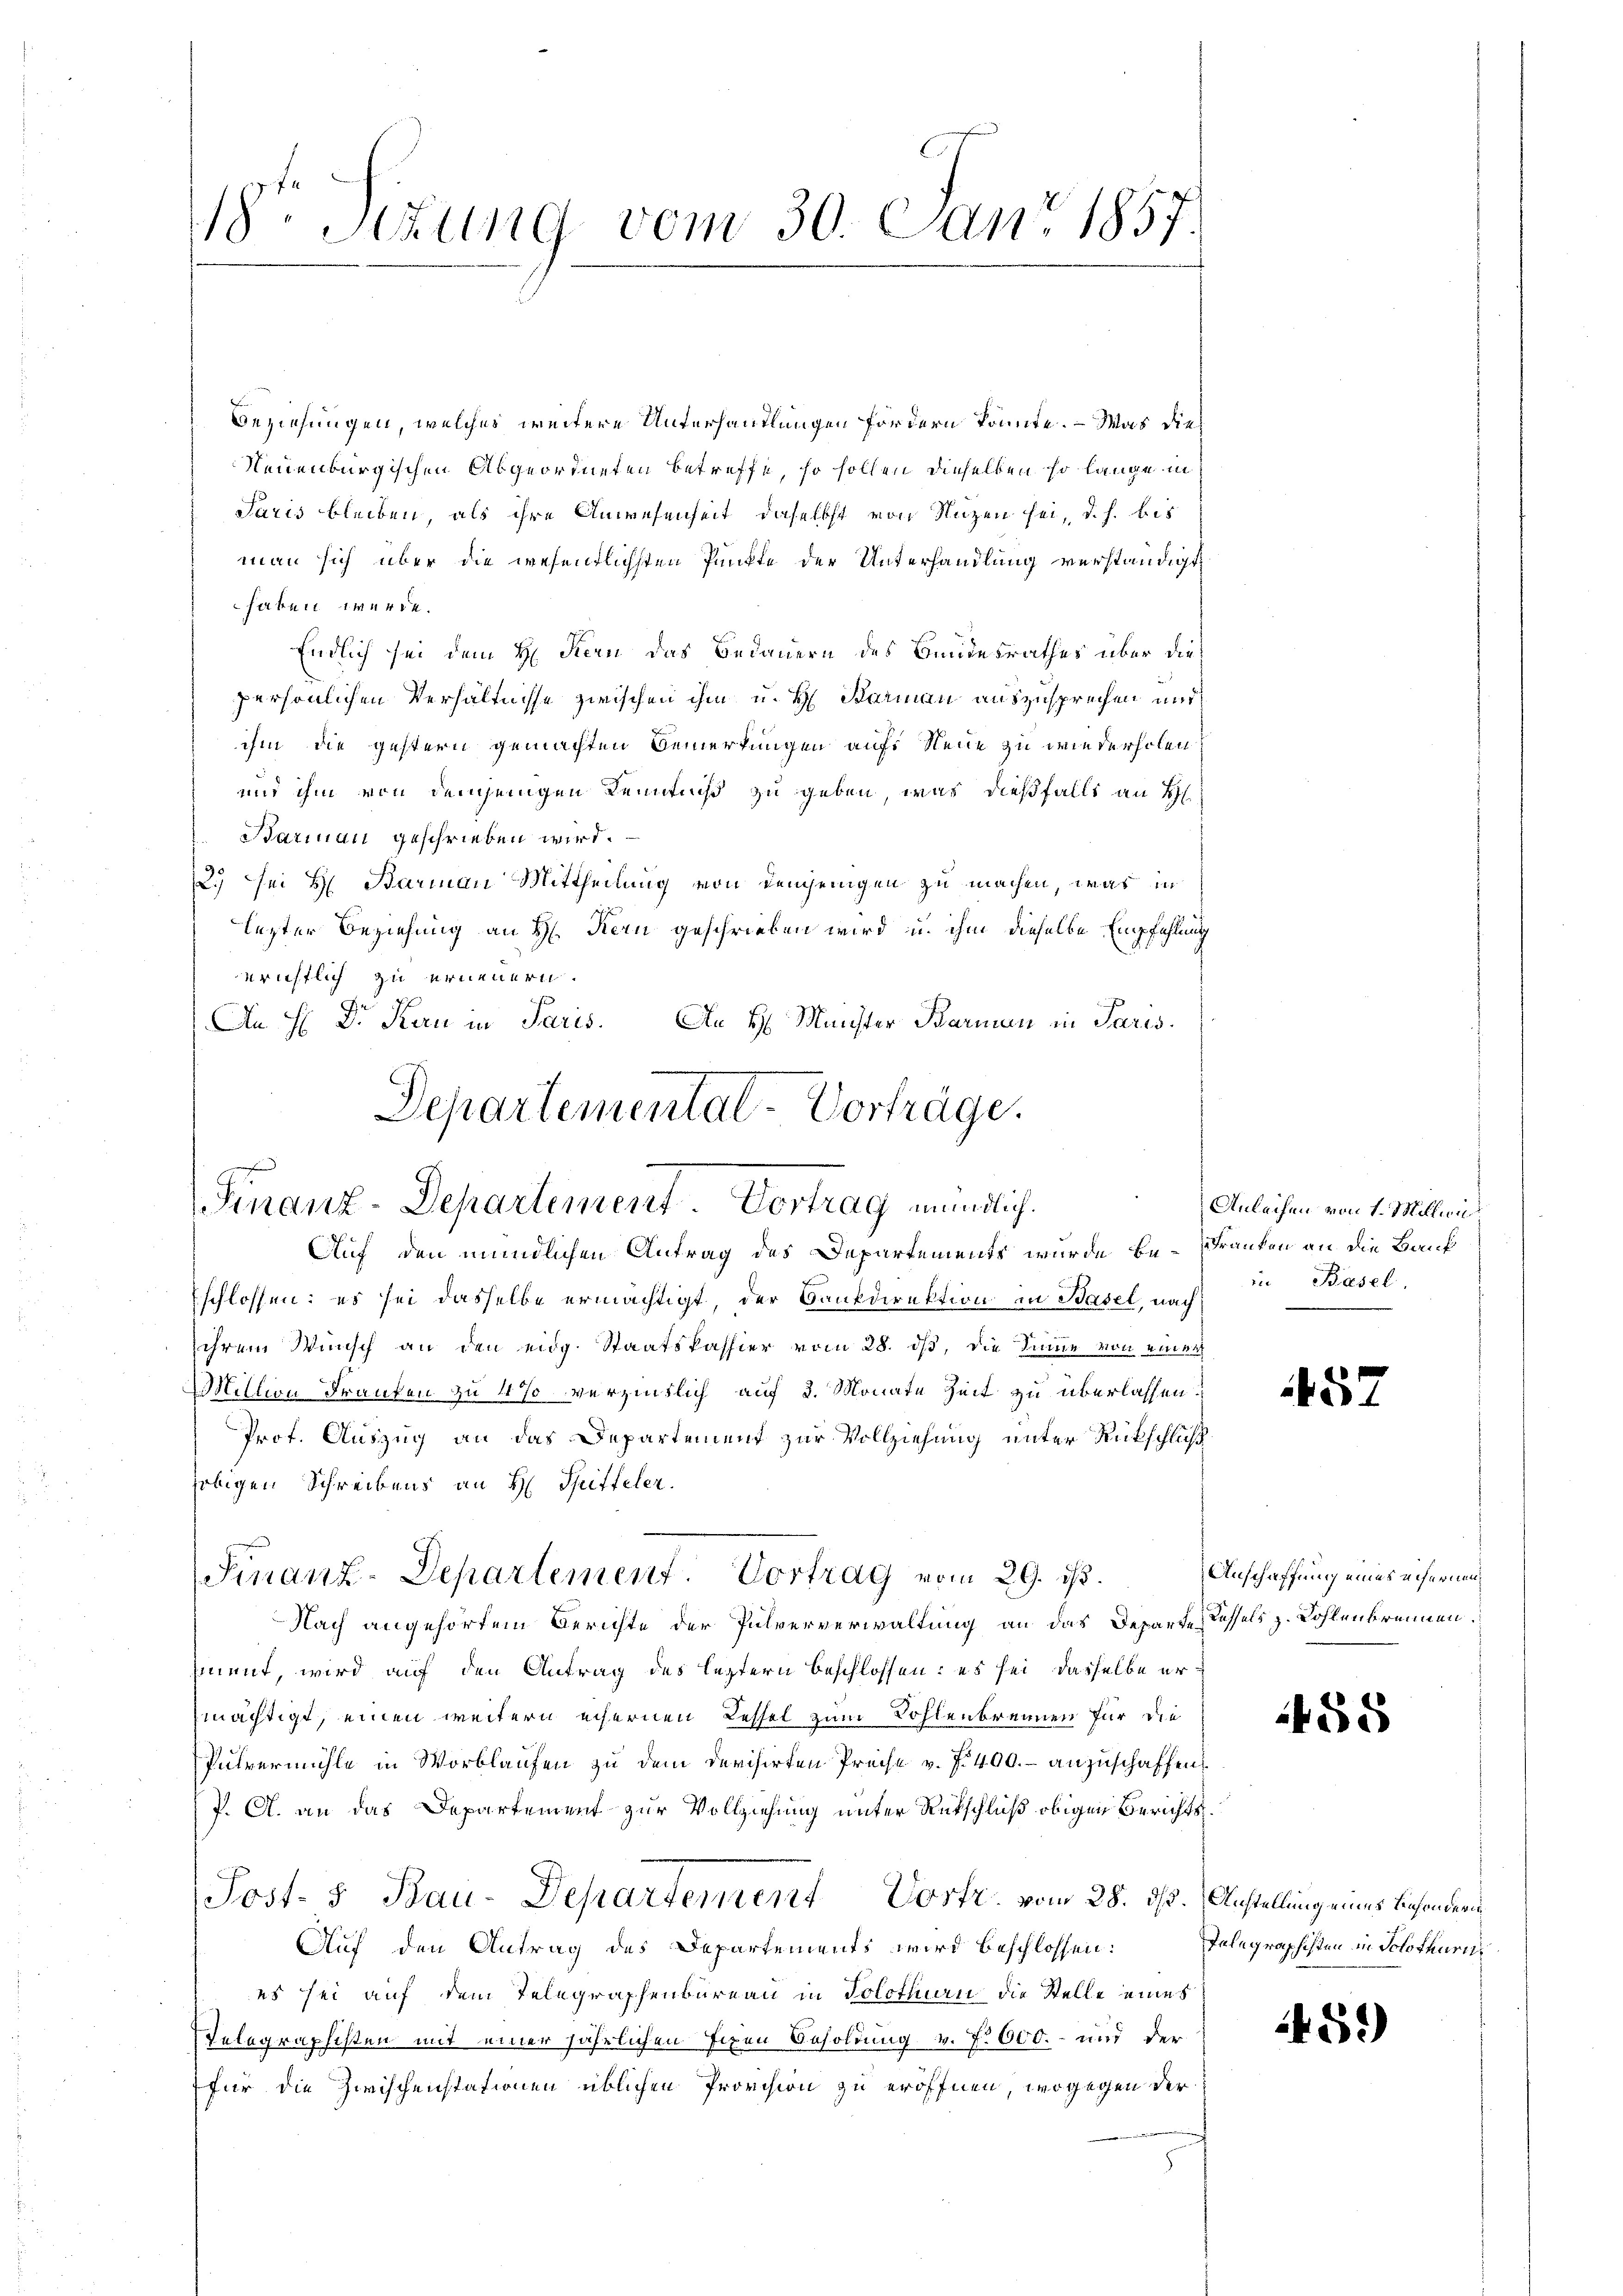
18ten Sizung vom 30. Juni 1857.

Beziehungen, welches weitere Unterhandlungen fördern könnte. — Was dies
Neuenburgischen Abgeordneten betreffe, so sollen dieselben so lange in
Paris bleiben, als ihre Anwesenheit, daselbst von Nuzen sei, d. h. bis
man sich über die wesentlichsten Punkte der Unterhandlung verständigt
haben werde.
Endlich sei dem H. Stern das Bedauern des Bundesrathes über die
persönlichen Verhältnisse zwischen ihm u. H. Barmann auszusprechen und
ihm die gestern gemachten Bemerkungen auf Neue zu wiederholen?
und ihm von demjenigen Kenntniß zu geben, was dießfalls an H
Barian geschrieben wird.
2.) sei H. Barian Mittheilung von demjenigen zu machen, was in
lezter Beziehung an H. Kern geschrieben wird, u. ihm dieselbe Empfehlung
erichtlich zu erneuern.
An H Dr. Kan in Paris. An H. Münster Barmen in Paris

Departementat-Vorträge.
Finanz-Departement. Vortrag mündlich.
Auf den mündlichen Antrag des Departements wurde be-Franken an die Bauf

Finanz-Departement. Vortrag vom 29. ist.

schlossen: es sei dasselbe ermächtigt, der Bankdirektion in Basel, nach
ihrem Wunsch an den eidg. Staatskassier vom 28. ds, die Sinne von einer
Miltion Frauten zu 4% verzintlich auf 2. Monate Zeit zu überlassen.
Prof. Auszug an das Departement zur Vollziehung unter Rückschluß
sobigen Schreibens an H. Schritteler.
Nach angehörtem Berichte der Pulververwaltung an das Departe Kessels z. Kohlenbrennen.
siuent, wird auf den Antrag des leztern beschlossen: es sei dasselbe ermächtigt, einen weitern echernen Kessel zum Sohlenbrennen für die
Pulvermühle in Worblaufen zu dem Devisirten Preise v. 7. 400.- anzuschaffen
J. A. an das Departement zur Vollziehung unter Rutschluß obigen Berichts¬
Post- & Bau-Departement Vorte vom 28. 312. Anstellung eines besondern
Auf den Antrag des Departements wird beschlossen:
es sei auf dem Telegraphenbureau in Solothurn die Stelle eines
Telegraphisten mit einer jährlichen Eigen Besoldung v. f. 600.- und der
für die Zwischenstationen üblichen Provision zu eröffnen, wogegen der

Anleihen von 1. Millin
in Basel.

5

Anschaffung eines eifernen¬

55

Telegrafschten in Solothurn

451)